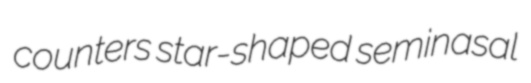
counters star-shaped seminasal